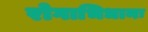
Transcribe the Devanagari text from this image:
रोगाभिधानः